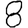
Digit: 8